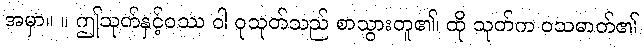
အမှာ။ ။ ဤသုတ်နှင့်ဝဿ ဝါ ဝုသုတ်သည် စာသွားတူ၏၊ ထို သုတ်က ဝသဓာတ်၏